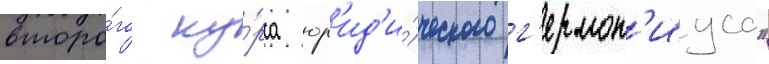
второ́го ку́рса юр'ид'и́ческого г'ермон'иуса"